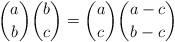
LaTeX: \begin{align*}\binom{a}{b}\binom{b}{c}=\binom{a}{c}\binom{a-c}{b-c}\end{align*}